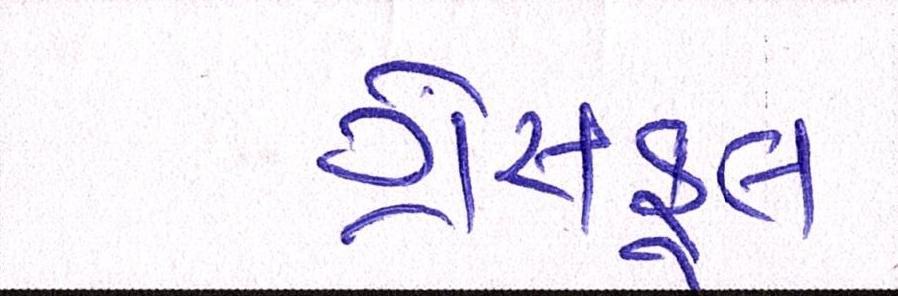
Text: ગ્રેસફૂલ